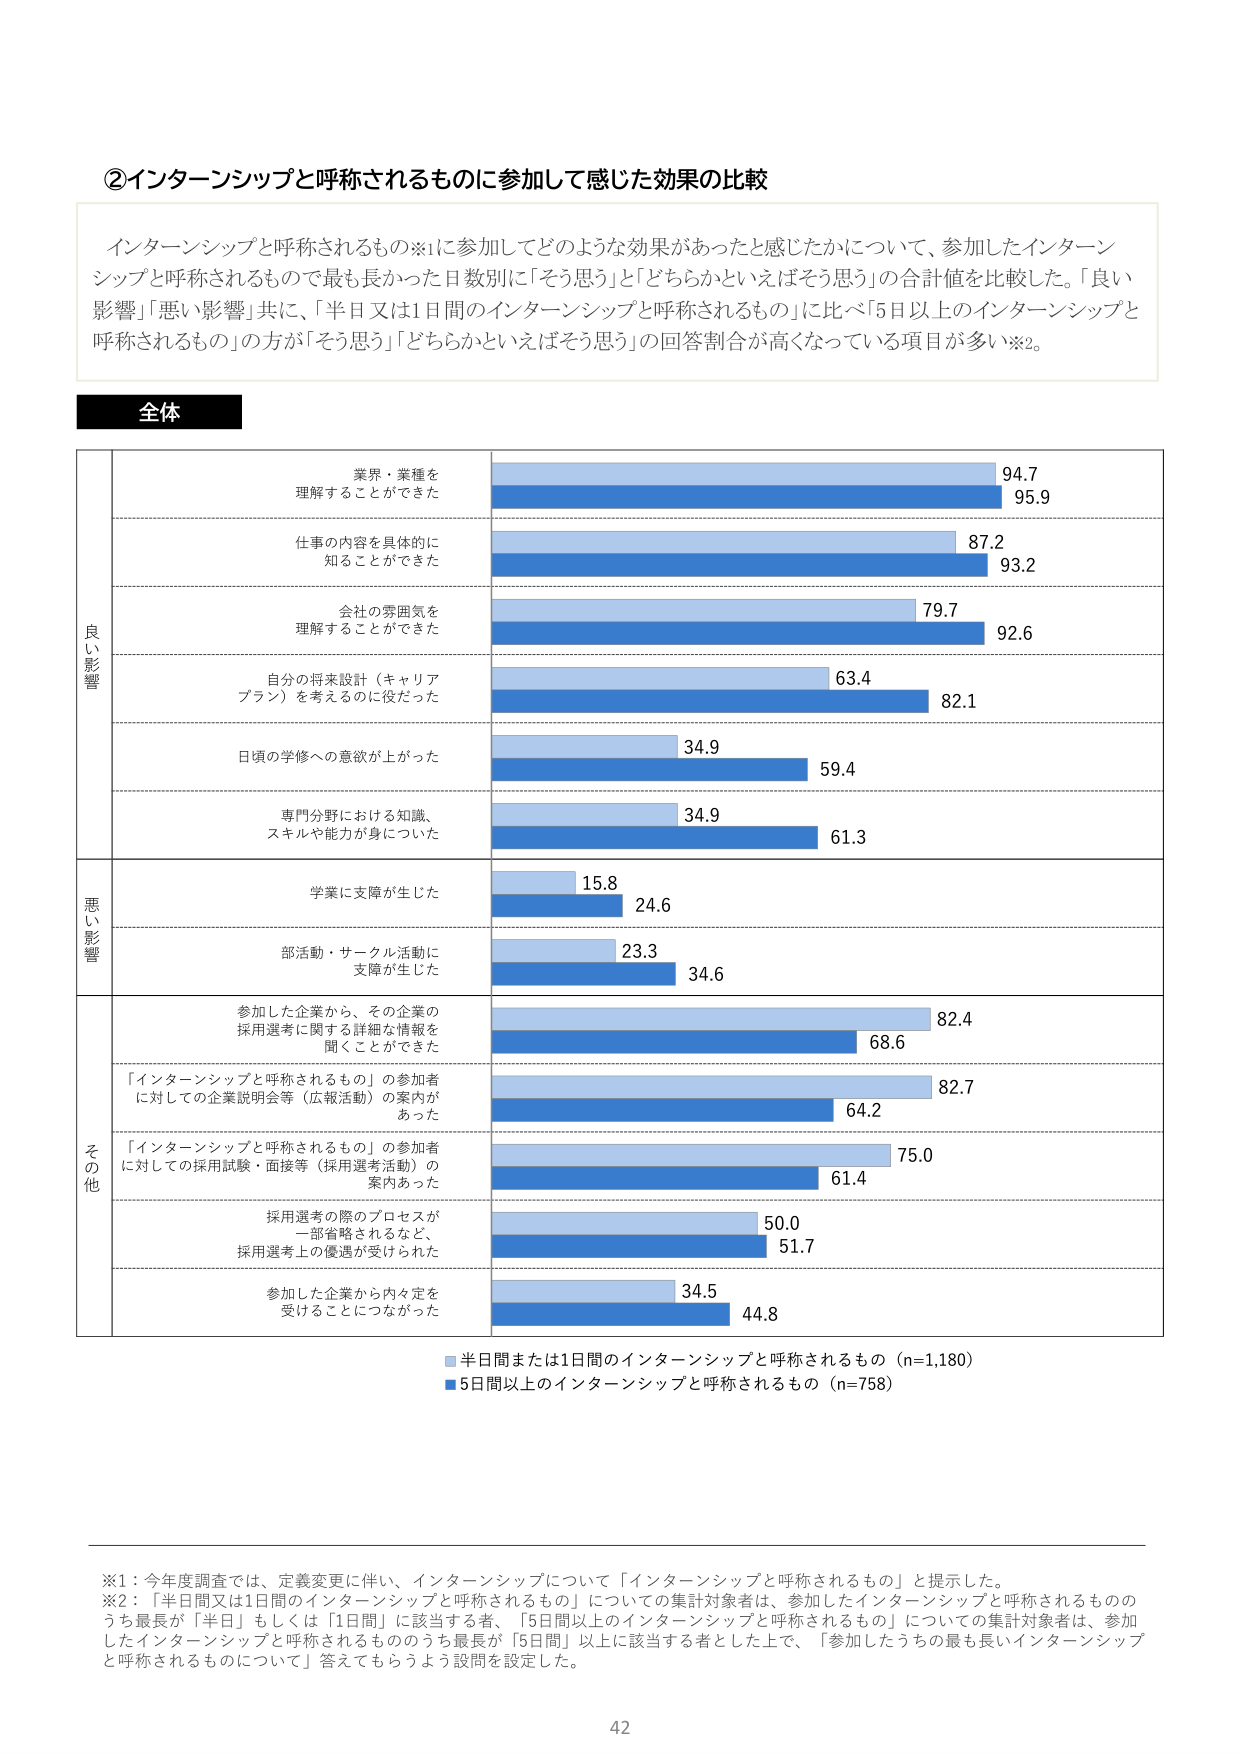
②インターンシップと呼称されるものに参加して感じた効果の比較

インターンシップと呼称されるもの※1に参加してどのような効果があったと感じたかについて、参加したインターンシップと呼称されるもので最も長かった日数別に「そう思う」と「どちらかといえばそう思う」の合計値を比較した。「良い影響」「悪い影響」共に、「半日又は1日間のインターンシップと呼称されるもの」に比べ「5日以上のインターンシップと呼称されるもの」の方が「そう思う」「どちらかといえばそう思う」の回答割合が高くなっている項目が多い※2。

全体

良い影響
業界・業種を理解することができた
94.7
95.9

仕事の内容を具体的に知ることができた
87.2
93.2

会社の雰囲気を理解することができた
79.7
92.6

自分の将来設計（キャリアプラン）を考えるのに役だった
63.4
82.1

日頃の学修への意欲が上がった
34.9
59.4

専門分野における知識、スキルや能力が身についた
34.9
61.3

悪い影響
学業に支障が生じた
15.8
24.6

部活動・サークル活動に支障が生じた
23.3
34.6

その他
参加した企業から、その企業の採用選考に関する詳細な情報を聞くことができた
82.4
68.6

「インターンシップと呼称されるもの」の参加者に対しての企業説明会等（広報活動）の案内があった
82.7
64.2

「インターンシップと呼称されるもの」の参加者に対しての採用試験・面接等（採用選考活動）の案内あった
75.0
61.4

採用選考の際のプロセスが一部省略されるなど、採用選考上の優遇が受けられた
50.0
51.7

参加した企業から内々定を受けることにつながった
34.5
44.8

■半日間または1日間のインターンシップと呼称されるもの（n=1,180）
■5日間以上のインターンシップと呼称されるもの（n=758）

※1：今年度調査では、定義変更に伴い、インターンシップについて「インターンシップと呼称されるもの」と提示した。
※2：「半日間又は1日間のインターンシップと呼称されるもの」についての集計対象者は、参加したインターンシップと呼称されるもののうち最長が「半日」もしくは「1日間」に該当する者、「5日間以上のインターンシップと呼称されるもの」についての集計対象者は、参加したインターンシップと呼称されるもののうち最長が「5日間」以上に該当する者とした上で、「参加したうちの最も長いインターンシップと呼称されるものについて」答えてももらうよう設問を設定した。

42